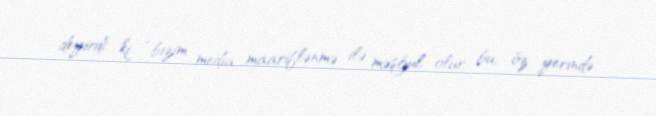
deyirdi ki, “bizim media maariflənmə ilə məşğul olur, bu, öz yerində.